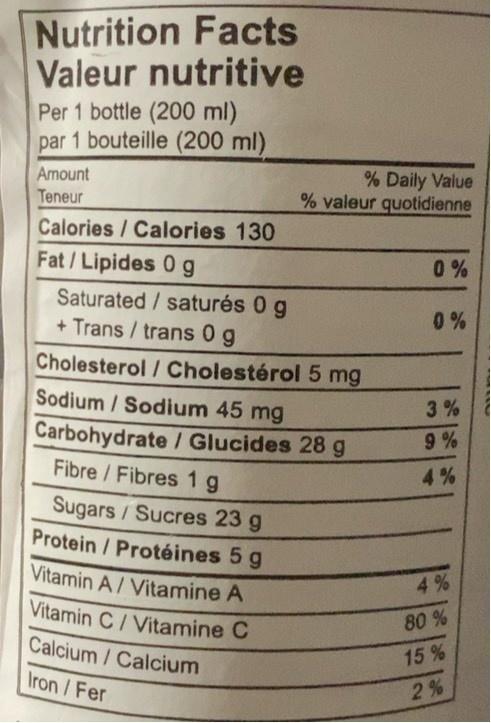
Nutrition Facts Valeur nutritive Per 1 bottle (200 ml) par 1 bouteille (200 ml)
Amount Teneur
Daily Value % valeur quotidienne
Calories / Calories 130
Fat / Lipides 0 g
0 %
Saturated / saturés 0 g + Trans / trans 0 g
0 %
Cholesterol / Cholestérol 5 mg Sodium / Sodium 45 mg Carbohydrate / Glucides 28 g Fibre/Fibres 1g
3 %
9 %
4 %
Sugars/Sucres 23 g Protein / Protéines 5 g
Vitamin A/ Vitamine A Vitamin C/Vitamine C
4%
80 %
Calcium /Calcium
15 %
Iron /Fer
2 %